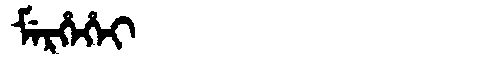
Manchu: ᠮᡝᡵᡥᡝᡥᡝᡳ
Romanization: MERHEHEI